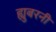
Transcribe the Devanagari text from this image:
ह्युबरनी